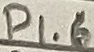
Text: P1.6